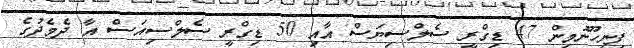
ފިނިހޫނުމިން 47 ޑިގްރީ ސެލްސިޔަސް އާއި 50 ޑިގްރީ ސެލްސިއަސް އާ ދެމެދުގެ